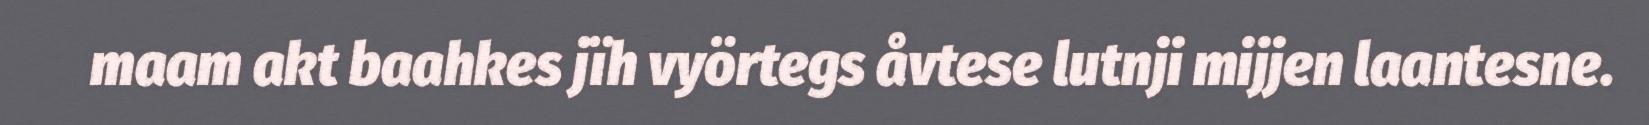
maam akt baahkes jïh vyörtegs åvtese lutnji mijjen laantesne.